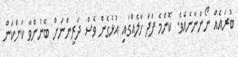
ބުުރައެއް ނޯންނާނެއެވެ. ކޮންމެ ފަދަ ހާލެއްގައި އުޅެގެން ވެސް ދަރީންނަށް ބޭނުންވާ ކަންކަން